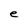
Character: e